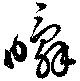
瞬